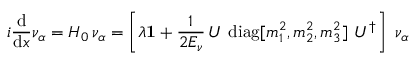
i { \frac { \mathrm { d } } { \mathrm { d } x } } \nu _ { \alpha } = { \cal H } _ { 0 } \, \nu _ { \alpha } = \left[ \lambda { \mathbf { 1 } } + { \frac { 1 } { 2 E _ { \nu } } } \, U ~ \mathrm { d i a g } [ m _ { 1 } ^ { 2 } , m _ { 2 } ^ { 2 } , m _ { 3 } ^ { 2 } ] ~ U ^ { \dagger } \right] ~ \nu _ { \alpha }